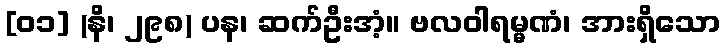
[၀၁] (နိ၊ ၂၉၈) ပန၊ ဆက်ဦးအံ့။ ဗလဝါရမ္မဏံ၊ အားရှိသော